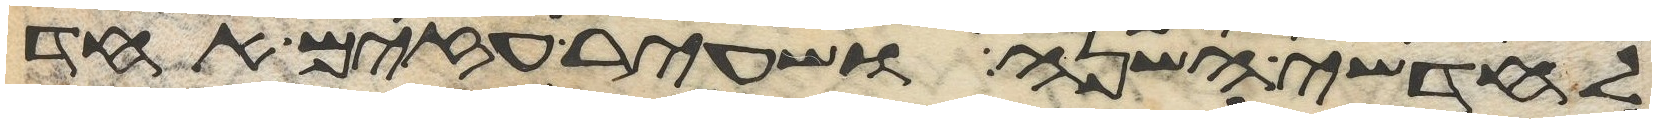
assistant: לחדשי השנה ושעיר עזים אחד